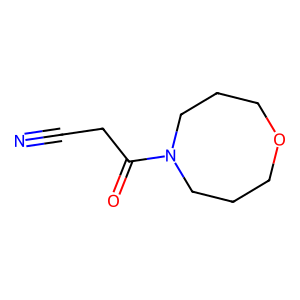
SMILES: N#CCC(=O)N1CCCOCCC1
Inhibits HIV replication: No